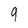
Character: 9